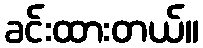
ခင်းထားတယ်။